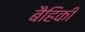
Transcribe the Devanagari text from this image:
बैहिकी